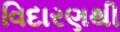
વિદારણથી